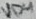
Text: VD4